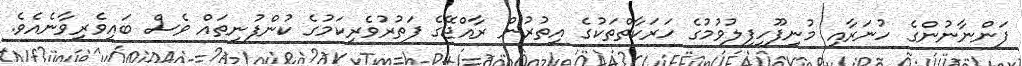
ފަންނާނުންގެ ހުނަރާއި މުނިފޫހިފިލުވުމުގެ ހަރަކާތްތަކުގެ އިތުރުން ރާއްޖޭގެ ފަތުރުވެރިކަމުގެ ކުންފުނިތައް ވެސް ބައިވެރިވާނެއެވެ.